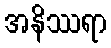
အနိဿရာ